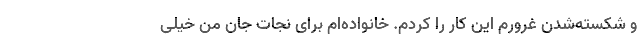
و شکسته‌شدن غرورم این کار را کردم. خانواده‌ام برای نجات جان من خیلی